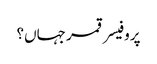
پروفیسر قمر جہاں؟